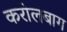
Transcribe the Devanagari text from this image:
करोलबाग